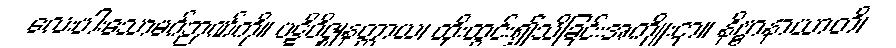
လေးပါးသောမဂ်ဉာဏ်ကို။ ပဋိဝိဇ္ဈနတ္ထာယ၊ ထိုးထွင်း၍သိခြင်းအကျိုးငှာ။ နိဗ္ဗာနာယာတိ၊